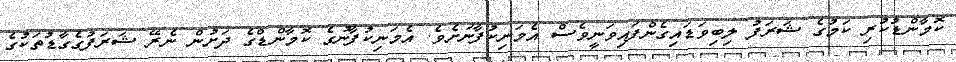
ކޮމާންޑުކުރި ކަމުގެ ޝަރަފު ލިބިވަޑައިގެންފައިވަނީވެސް އެމަނިކުފާނަށެވެ. އެމަނިކުފާނުގެ ކޮމާންޑްގެ ދަށުން ނެރޭ ޝަރަފުގެގާޑުތަކުގެ